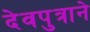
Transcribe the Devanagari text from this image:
देवपुत्राने